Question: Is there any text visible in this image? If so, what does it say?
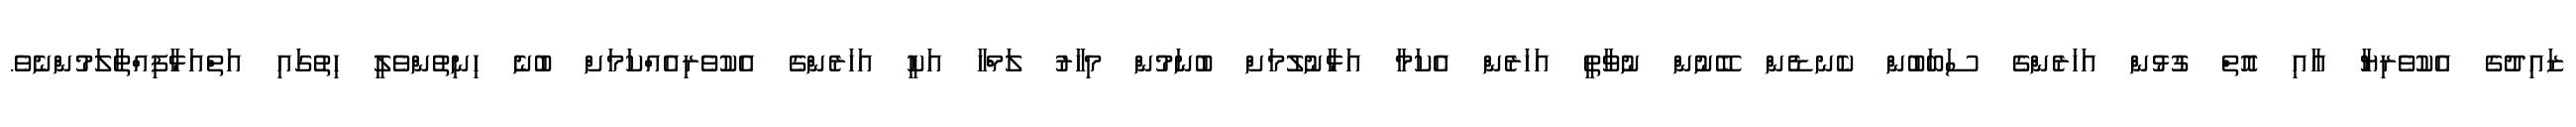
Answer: ޒައިދުގެ އެކުވެރިޔާ އާއި އޮތް ގުޅުން އަހަރެންގެ ސަބަބުން ކެނޑެން ބޭނުން ނުވާތީ އަހަރެން އެކަމާ އަޅާނުލުމަށް ބުނަމުން މިހާރު ލަމްހާ އަކީ އަހަރެންގެ އެކުވެރިއެއްކަމަށް ބުނެ ހިނިތުންވެލީ ހިތުގައި އަތްއަޅާފިއްތާލަމުންނެވެ.